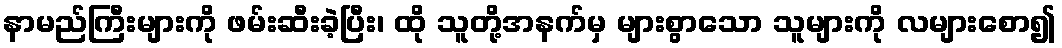
နာမည်ကြီးများကို ဖမ်းဆီးခဲ့ပြီး၊ ထို သူတို့အနက်မှ များစွာသော သူများကို လများစော၍